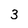
Character: 3